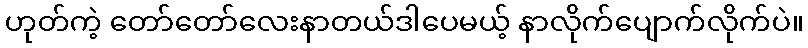
ဟုတ်ကဲ့ တော်တော်လေးနာတယ်ဒါပေမယ့် နာလိုက်ပျောက်လိုက်ပဲ။